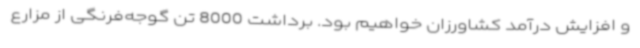
و افزایش درآمد کشاورزان خواهیم بود. برداشت 8000 تن گوجه‌فرنگی از مزارع